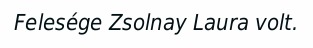
Felesége Zsolnay Laura volt.